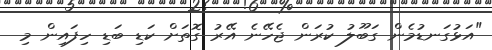
"އަޅުގަނޑުމެން ގަބޫލު ކުރަން ޖެހޭނެ އޭރު ގޮތަށް ކަޑި ބަޑި ހިފައިން މި